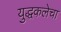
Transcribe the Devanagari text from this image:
युद्धकलेचा